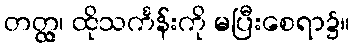
တတ္ထ္လ၊ ထိုသင်္ကန်းကို မပြီးစေရာ၌။